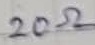
Text: 20Ω